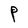
Character: P